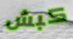
كبش